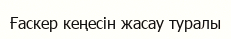
Ғаскер кеңесін жасау туралы